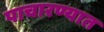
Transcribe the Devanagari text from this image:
पाचारण्यात